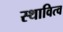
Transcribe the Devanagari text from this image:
स्थावित्व